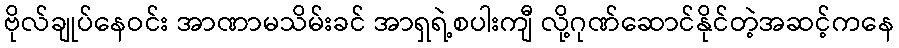
ဗိုလ်ချုပ်နေဝင်း အာဏာမသိမ်းခင် အာရှရဲ့စပါးကျီ လို့ဂုဏ်ဆောင်နိုင်တဲ့အဆင့်ကနေ